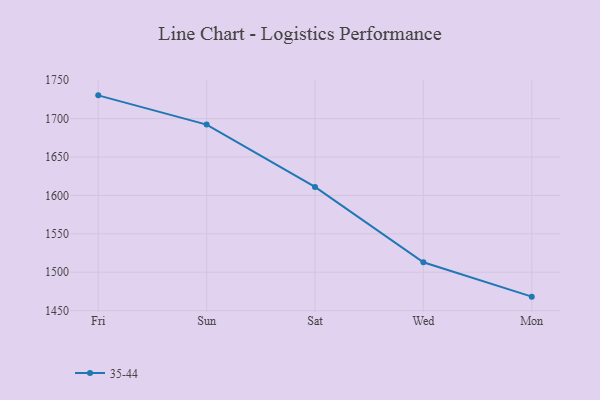
{"axis": {"x": "Day", "y": "Inventory Turnover"}, "legend": ["35-44"], "data": [{"x": "Fri", "y": 1730.3, "type": "35-44"}, {"x": "Sun", "y": 1692.2, "type": "35-44"}, {"x": "Sat", "y": 1611.1, "type": "35-44"}, {"x": "Wed", "y": 1512.9, "type": "35-44"}, {"x": "Mon", "y": 1468.2, "type": "35-44"}]}